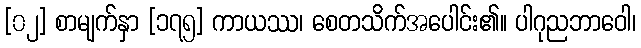
[၀၂] စာမျက်နှာ [၁၇၅] ကာယဿ၊ စေတသိက်အပေါင်း၏။ ပါဂုညဘာဝေါ၊